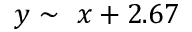
y \sim \ x + 2 . 6 7